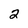
Character: 2